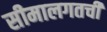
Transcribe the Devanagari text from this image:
सीमालगतची